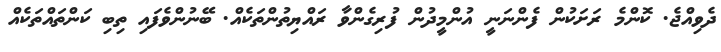
ދެވިއްޖެ. ކޮންމެ ރަށަކުން ފެންނަނީ އުންމީދުން ފުރިގެންވާ ރައްޔިތުންތަކެއް. ބޭނުންވެފައި ތިބި ކަންތައްތަކެއް